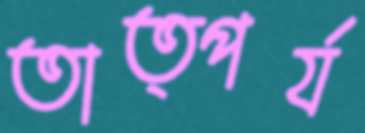
তাত্পর্য